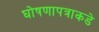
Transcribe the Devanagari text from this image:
घोषणापत्राकडे